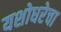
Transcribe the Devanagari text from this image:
यशोधरेचा